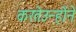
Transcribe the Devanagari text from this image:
करतेउन्होंने